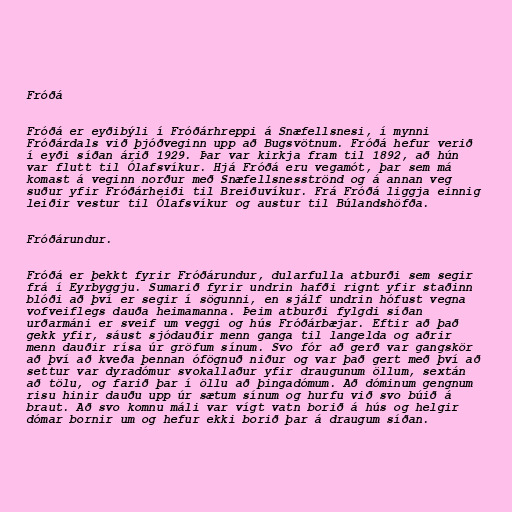
Fróðá

Fróðá er eyðibýli í Fróðárhreppi á Snæfellsnesi, í mynni
Fróðárdals við þjóðveginn upp að Bugsvötnum. Fróðá hefur verið
í eyði síðan árið 1929. Þar var kirkja fram til 1892, að hún
var flutt til Ólafsvíkur. Hjá Fróðá eru vegamót, þar sem má
komast á veginn norður með Snæfellsnesströnd og á annan veg
suður yfir Fróðárheiði til Breiðuvíkur. Frá Fróðá liggja einnig
leiðir vestur til Ólafsvíkur og austur til Búlandshöfða.

Fróðárundur.

Fróðá er þekkt fyrir Fróðárundur, dularfulla atburði sem segir
frá í Eyrbyggju. Sumarið fyrir undrin hafði rignt yfir staðinn
blóði að því er segir í sögunni, en sjálf undrin hófust vegna
vofveiflegs dauða heimamanna. Þeim atburði fylgdi síðan
urðarmáni er sveif um veggi og hús Fróðárbæjar. Eftir að það
gekk yfir, sáust sjódauðir menn ganga til langelda og aðrir
menn dauðir rísa úr gröfum sínum. Svo fór að gerð var gangskör
að því að kveða þennan ófögnuð niður og var það gert með því að
settur var dyradómur svokallaður yfir draugunum öllum, sextán
að tölu, og farið þar í öllu að þingadómum. Að dóminum gengnum
risu hinir dauðu upp úr sætum sínum og hurfu við svo búið á
braut. Að svo komnu máli var vígt vatn borið á hús og helgir
dómar bornir um og hefur ekki borið þar á draugum síðan.